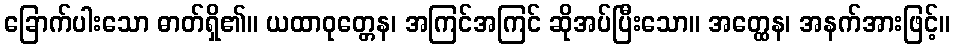
ခြောက်ပါးသော ဓာတ်ရှိ၏။ ယထာဝုတ္တေန၊ အကြင်အကြင် ဆိုအပ်ပြီးသော။ အတ္ထေန၊ အနက်အားဖြင့်။